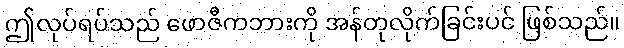
ဤလုပ်ရပ်သည် ဖောဇီကဘားကို အန်တုလိုက်ခြင်းပင် ဖြစ်သည်။